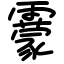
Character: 靀